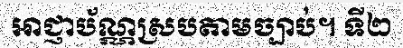
អាជ្ញាប័ណ្ណស្របតាមច្បាប់។ ទី២